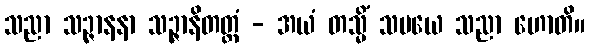
သညာ သဉ္ဇာနနာ သဉ္ဇာနိတတ္တံ - အယံ တသ္မိံ သမယေ သညာ ဟောတိ။